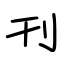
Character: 刊